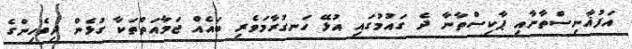
އަފުޣާނިސްތާނާއި ޕާކިސްތާނާ ދެ ގައުމުގައި އުޅޭ ހަނގުރާމަވެރި ބައެއް ޖަމާއަތްތަކާ ގުޅެން ދިވެހިންގެ